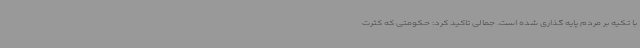
با تکیه بر مردم پایه گذاری شده است. جمالی تاکید کرد: حکومتی که کثرت